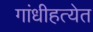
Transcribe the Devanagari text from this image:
गांधीहत्येत